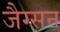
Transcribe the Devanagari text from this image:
जैग्सन